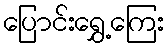
ပြောင်းရွှေ့ကြေး